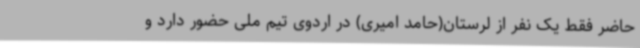
حاضر فقط یک نفر از لرستان(حامد امیری) در اردوی تیم ملی حضور دارد و